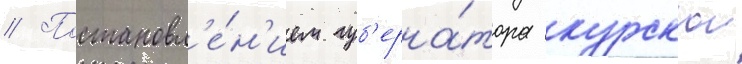
// Постановл'е́н'ием губ'ерна́тора курскои